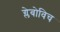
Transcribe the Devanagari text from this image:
ग्लेबोविच